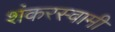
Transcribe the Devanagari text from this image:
शंकरस्वामी